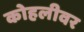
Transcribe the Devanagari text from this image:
कोहलीवर